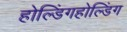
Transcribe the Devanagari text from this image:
होल्डिंगहोल्डिंग